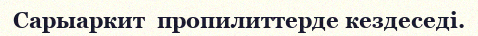
Сарыаркит  пропилиттерде кездеседі.